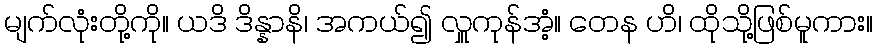
မျက်လုံးတို့ကို။ ယဒိ ဒိန္နာနိ၊ အကယ်၍ လှူကုန်အံ့။ တေန ဟိ၊ ထိုသို့ဖြစ်မူကား။